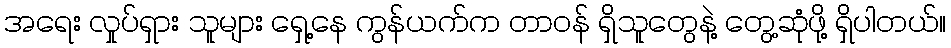
အရေး လှုပ်ရှား သူများ ရှေ့နေ ကွန်ယက်က တာဝန် ရှိသူတွေနဲ့ တွေ့ဆုံဖို့ ရှိပါတယ်။